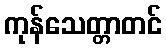
ကုန်သေတ္တာတင်